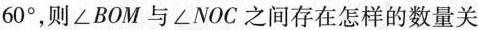
6 0°$$，则∠BOM与∠NOC之间存在怎样的数量关